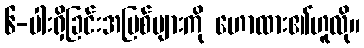
၆-ပါးရှိခြင်းအပြစ်များကို ဟောထား၏ဟူလို။